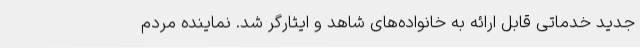
جدید خدماتی قابل ارائه به خانواده‌های شاهد و ایثارگر شد. نماینده مردم